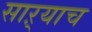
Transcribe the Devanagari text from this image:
साऱ्याच